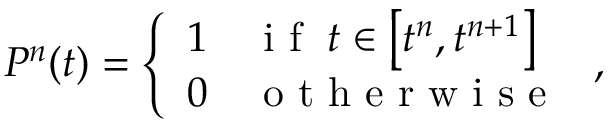
P ^ { n } ( t ) = \left\{ \begin{array} { l l } { 1 } & { \mathrm { ~ i ~ f ~ } \; t \in \left[ t ^ { n } , t ^ { n + 1 } \right] } \\ { 0 } & { \mathrm { ~ o ~ t ~ h ~ e ~ r ~ w ~ i ~ s ~ e ~ } } \end{array} \right. ,